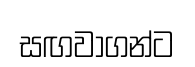
සඟවාගන්ට